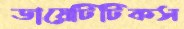
ডায়েটিটিকস